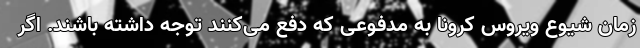
زمان شیوع ویروس کرونا به مدفوعی که دفع می‌کنند توجه داشته باشند. اگر